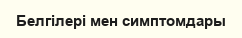
Белгілері мен симптомдары